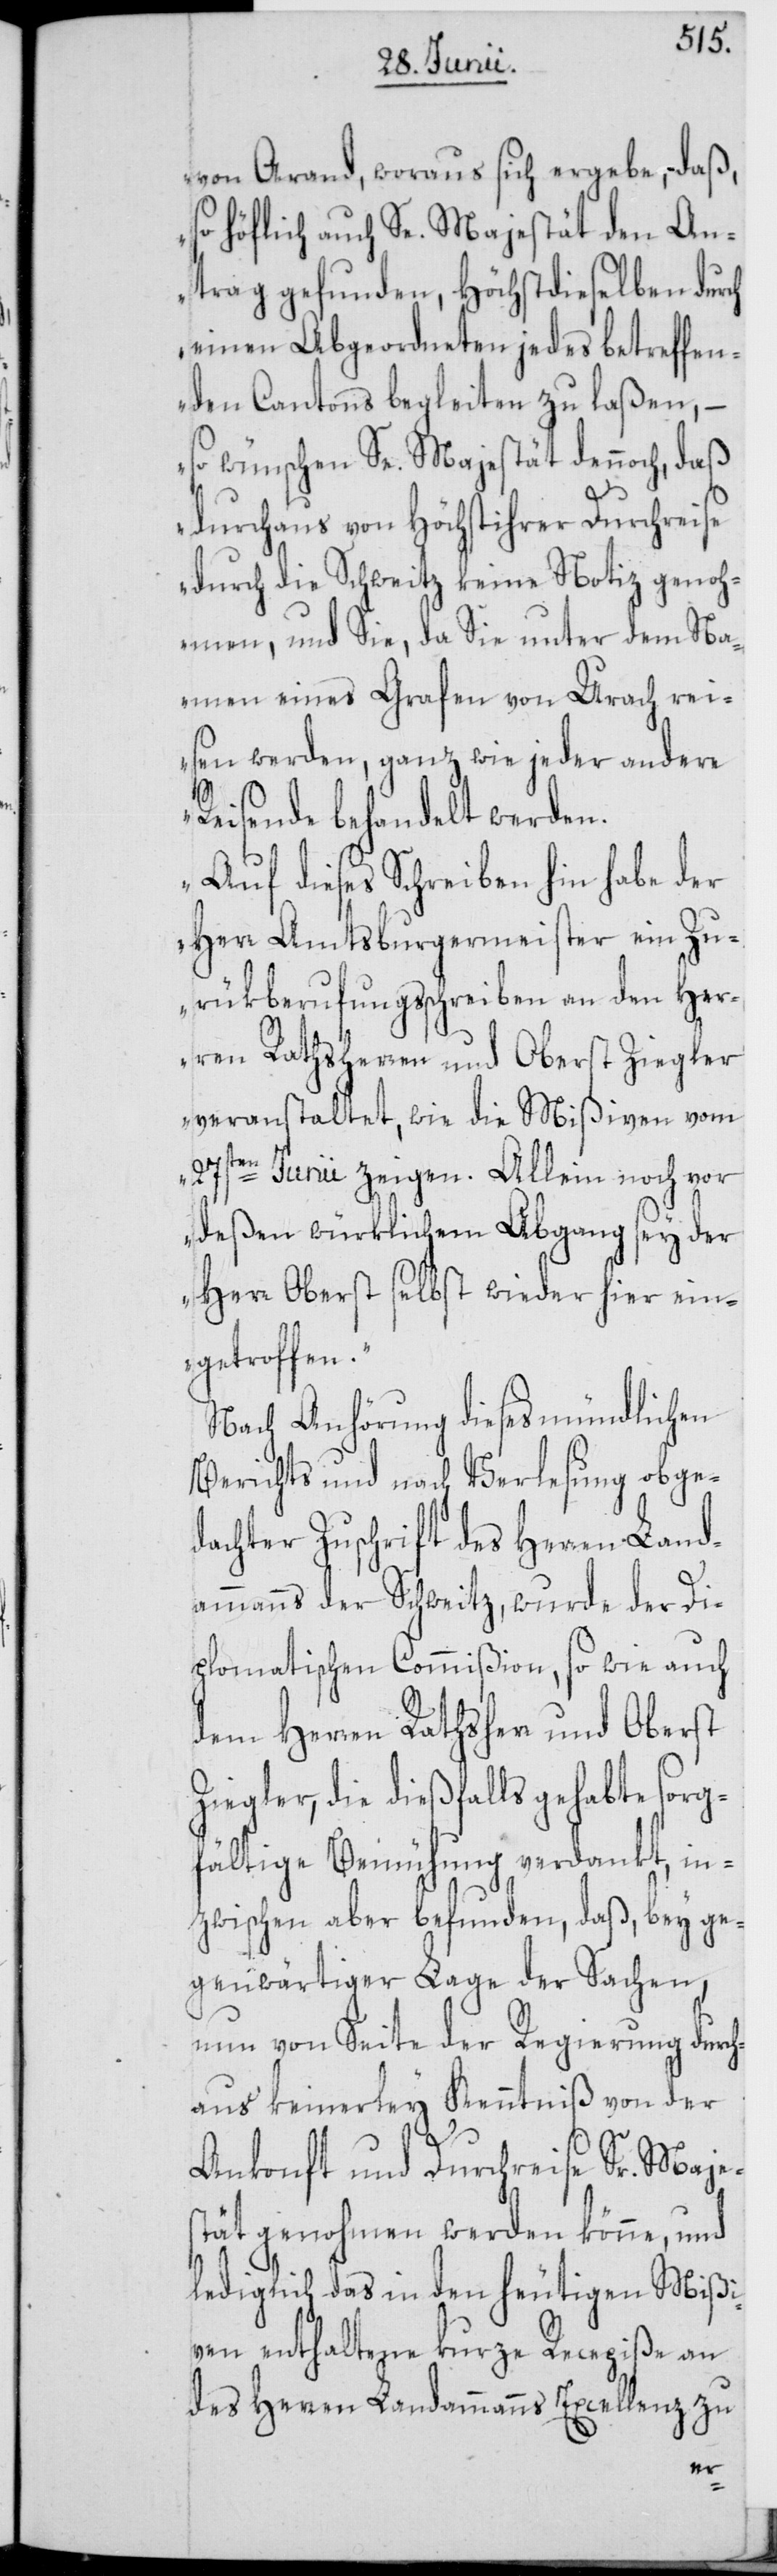
von Arand, woraus sich ergebe, daß,
so höflich auch Se. Majestät den An¬
trag gefunden, Höchstdieselben durch
einen Abgeordneten jedes betreffen¬
den Cantons begleiten zu laßen, –
so wünschen Se. Majestät dennoch, daß
durchaus von Höchstihrer Durchreise
durch die Schweitz keine Notiz genoh¬
men, und Sie, da Sie unter dem Na¬
men eines Grafen von Urach rei¬
sen werden, ganz wie jeder andere
Reisende behandelt werden.
Auf dieses Schreiben hin habe der
Herr Amtsburgermeister ein Zu¬
rükberufungsschreiben an den Her¬
ren Rathsherren und Oberst Ziegler
veranstaltet, wie die Mißiven vom
27sten Junii zeigen. Allein noch vor
deßen würklichem Abgang sey der
Herr Oberst selbst wieder hier ein¬
getroffen.“
Nach Anhörung dieses mündlichen
Berichts und nach Verlesung obge¬
dachter Zuschrift des Herren Land¬
ammanns der Schweitz, wurde der Di¬
plomatischen Commißion, so wie auch
dem Herren Rathsherr und Oberst
Ziegler, die dießfalls gehabte sorg¬
fältige Bemühung verdankt, in¬
zwischen aber befunden, daß, bey ge¬
genwärtiger Lage der Sachen,
nun von Seite der Regierung durc¬
haus keinerley Kenntniß von der
Ankonft und Durchreise Sr. Majes¬
tät genohmen werden könne, und
lediglich das in den heutigen Mißi¬
ven enthaltene kurze Recepiße an
des Herren Landammanns Excellenz zu